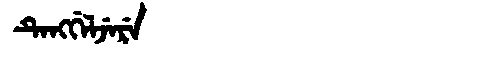
Manchu: ᡨᡝᠩᡤᡝᠯᠵᡝᡵᡝ
Romanization: TENGGELJERE